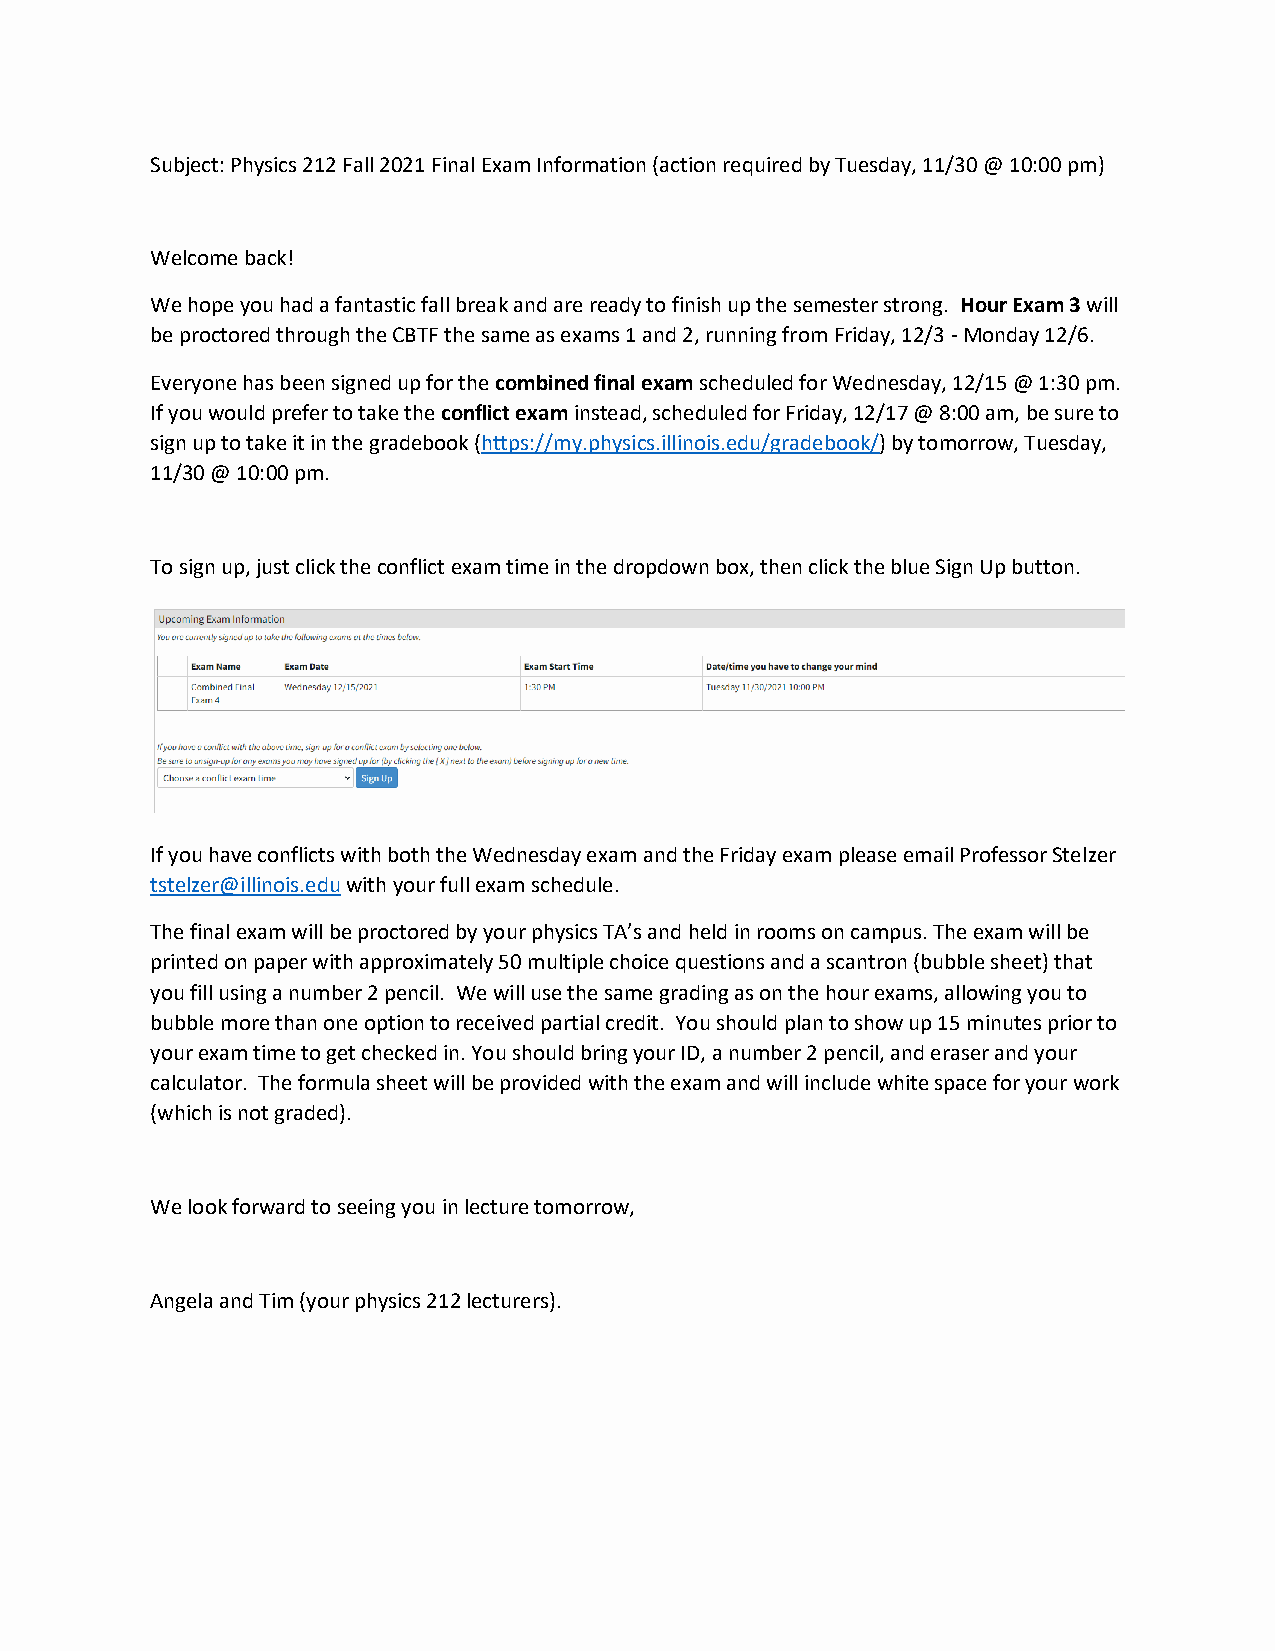
Subject: Physics 212 Fall 2021 Final Exam Information (action required by Tuesday, 11/30 @ 10:00 pm)
 Welcome back!
 We hope you had a fantastic fall break and are ready to finish up the semester strong. Hour Exam 3 will
 be proctored through the CBTF the same as exams 1 and 2, running from Friday, 12/3 - Monday 12/6.
 Everyone has been signed up for the combined final exam scheduled for Wednesday, 12/15 @ 1:30 pm.
 If you would prefer to take the conflict exam instead, scheduled for Friday, 12/17 @ 8:00 am, be sure to
 sign up to take it in the gradebook (https://my.physics.illinois.edu/gradebook/) by tomorrow, Tuesday,
 11/30 @ 10:00 pm.
 To sign up, just click the conflict exam time in the dropdown box, then click the blue Sign Up button.
 If you have conflicts with both the Wednesday exam and the Friday exam please email Professor Stelzer
 tstelzer@illinois.edu with your full exam schedule.
 The final exam will be proctored by your physics TA’s and held in rooms on campus. The exam will be
 printed on paper with approximately 50 multiple choice questions and a scantron (bubble sheet) that
 you fill using a number 2 pencil. We will use the same grading as on the hour exams, allowing you to
 bubble more than one option to received partial credit. You should plan to show up 15 minutes prior to
 your exam time to get checked in. You should bring your ID, a number 2 pencil, and eraser and your
 calculator. The formula sheet will be provided with the exam and will include white space for your work
 (which is not graded).
 We look forward to seeing you in lecture tomorrow,
 Angela and Tim (your physics 212 lecturers).